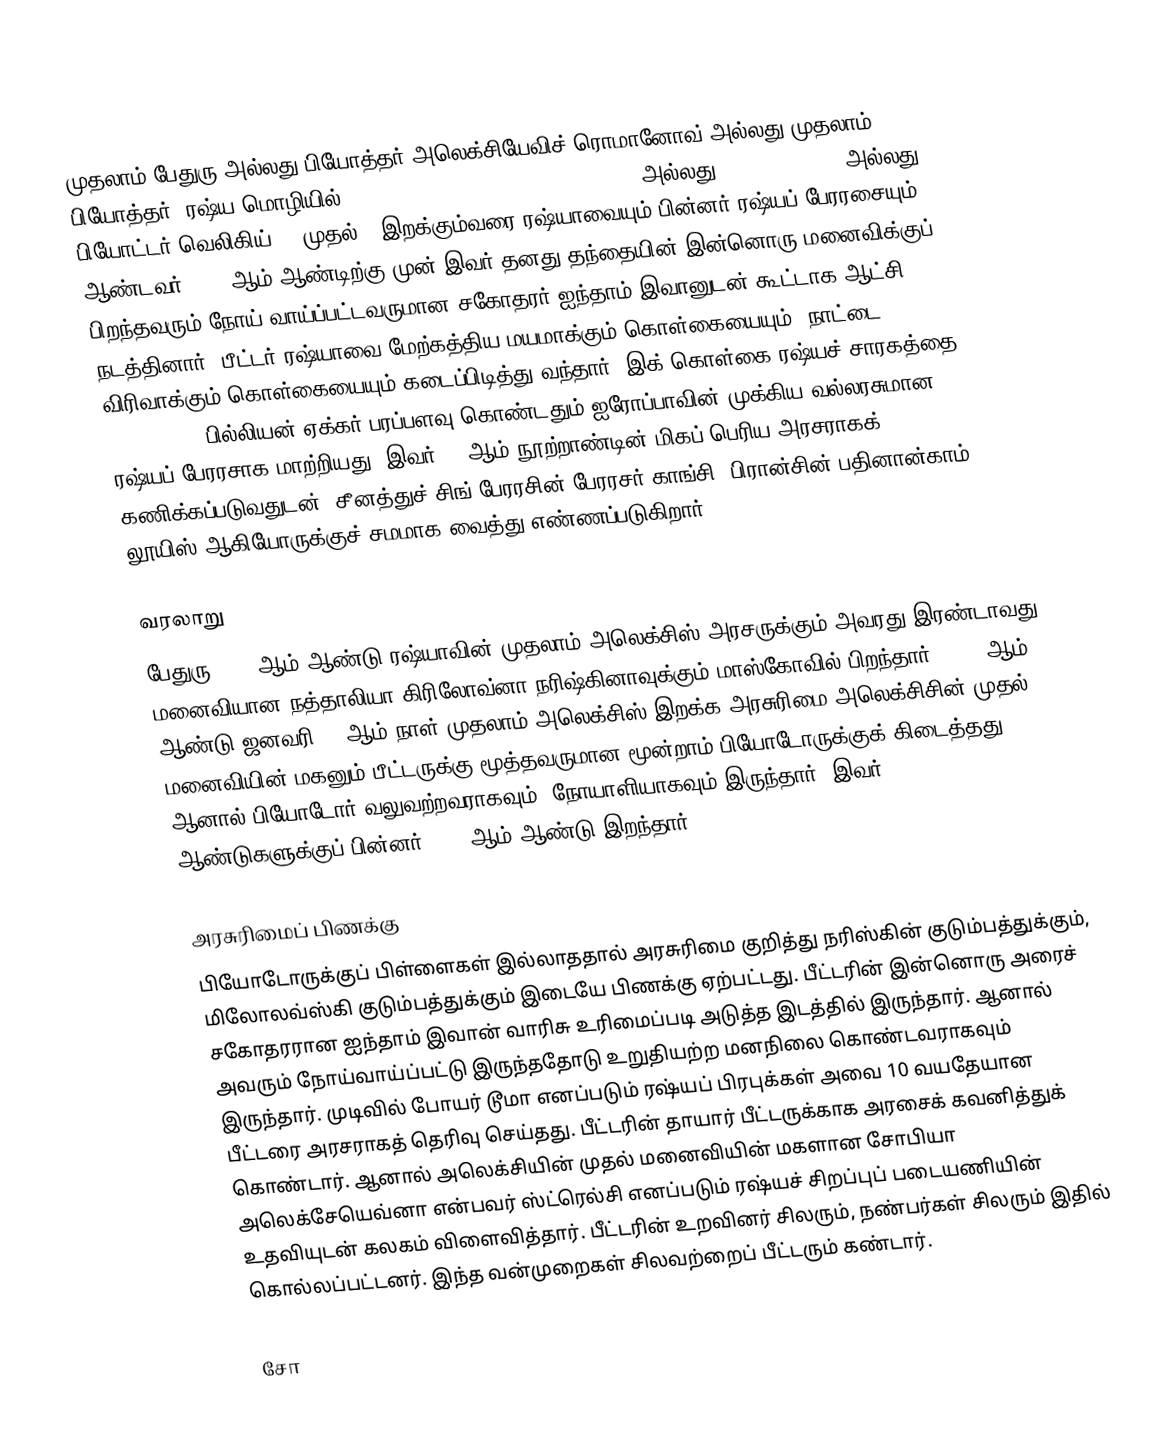
முதலாம் பேதுரு அல்லது பியோத்தர் அலெக்சியேவிச் ரொமானோவ் அல்லது முதலாம் பியோத்தர் (ரஷ்ய மொழியில்: Пётр Алексе́евич Рома́нов, Пётр I, அல்லது Пётр Вели́кий, அல்லது பியோட்டர் வெலிகிய்;  ( முதல் )  இறக்கும்வரை ரஷ்யாவையும் பின்னர் ரஷ்யப் பேரரசையும் ஆண்டவர். 1696ஆம் ஆண்டிற்கு முன் இவர் தனது தந்தையின் இன்னொரு மனைவிக்குப் பிறந்தவரும் நோய் வாய்ப்பட்டவருமான  சகோதரர் ஐந்தாம் இவானுடன் கூட்டாக ஆட்சி நடத்தினார். பீட்டர் ரஷ்யாவை மேற்கத்திய மயமாக்கும் கொள்கையையும், நாட்டை விரிவாக்கும் கொள்கையையும் கடைப்பிடித்து வந்தார். இக் கொள்கை ரஷ்யச் சாரகத்தை (Tsardom) 3 பில்லியன் ஏக்கர் பரப்பளவு கொண்டதும் ஐரோப்பாவின் முக்கிய வல்லரசுமான ரஷ்யப் பேரரசாக மாற்றியது. இவர் 17 ஆம் நூற்றாண்டின் மிகப் பெரிய அரசராகக் கணிக்கப்படுவதுடன், சீனத்துச் சிங் பேரரசின் பேரரசர் காங்சி, பிரான்சின் பதினான்காம் லூயிஸ் ஆகியோருக்குச் சமமாக வைத்து எண்ணப்படுகிறார்.

வரலாறு
பேதுரு 1672 ஆம் ஆண்டு ரஷ்யாவின் முதலாம் அலெக்சிஸ் அரசருக்கும் அவரது இரண்டாவது மனைவியான நத்தாலியா கிரிலோவ்னா நரிஷ்கினாவுக்கும் மாஸ்கோவில் பிறந்தார். 1676 ஆம் ஆண்டு ஜனவரி 29 ஆம் நாள்  முதலாம் அலெக்சிஸ் இறக்க அரசுரிமை அலெக்சிசின் முதல் மனைவியின் மகனும் பீட்டருக்கு மூத்தவருமான மூன்றாம் பியோடோருக்குக் கிடைத்தது. ஆனால் பியோடோர் வலுவற்றவராகவும், நோயாளியாகவும் இருந்தார். இவர் 6 ஆண்டுகளுக்குப் பின்னர் 1682 ஆம் ஆண்டு இறந்தார்.

அரசுரிமைப் பிணக்கு
பியோடோருக்குப் பிள்ளைகள் இல்லாததால் அரசுரிமை குறித்து நரிஸ்கின் குடும்பத்துக்கும், மிலோலவ்ஸ்கி குடும்பத்துக்கும் இடையே பிணக்கு ஏற்பட்டது. பீட்டரின் இன்னொரு அரைச் சகோதரரான ஐந்தாம் இவான் வாரிசு உரிமைப்படி அடுத்த இடத்தில் இருந்தார். ஆனால் அவரும் நோய்வாய்ப்பட்டு இருந்ததோடு உறுதியற்ற மனநிலை கொண்டவராகவும் இருந்தார். முடிவில் போயர் டூமா எனப்படும் ரஷ்யப் பிரபுக்கள் அவை 10 வயதேயான பீட்டரை அரசராகத் தெரிவு செய்தது. பீட்டரின் தாயார் பீட்டருக்காக அரசைக் கவனித்துக் கொண்டார். ஆனால் அலெக்சியின் முதல் மனைவியின் மகளான சோபியா அலெக்சேயெவ்னா என்பவர் ஸ்ட்ரெல்சி எனப்படும் ரஷ்யச் சிறப்புப் படையணியின் உதவியுடன் கலகம் விளைவித்தார். பீட்டரின் உறவினர் சிலரும், நண்பர்கள் சிலரும் இதில் கொல்லப்பட்டனர். இந்த வன்முறைகள் சிலவற்றைப் பீட்டரும் கண்டார்.

சோ